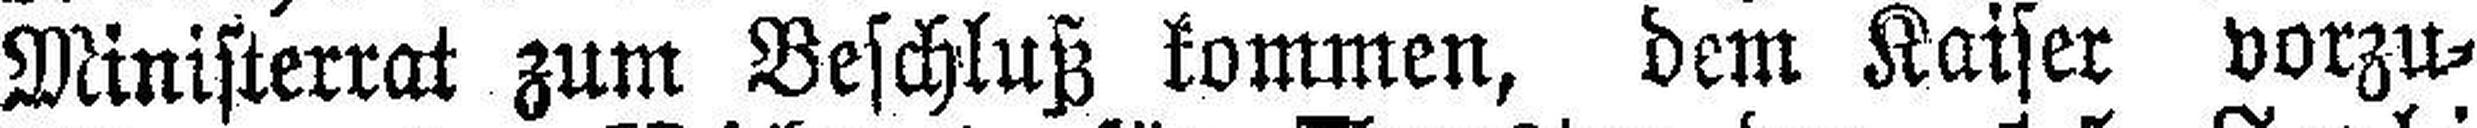
Ministerrat zum Beschluß kommen, dem Kaiser vorzu¬